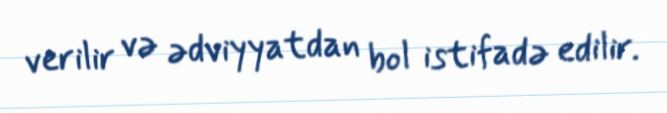
verilir və ədviyyatdan bol istifadə edilir.